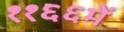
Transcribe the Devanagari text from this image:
११६६में